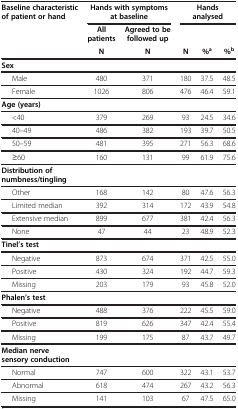
<table><thead><tr><td><b>Baseline characteristic of patient or hand</b></td><td colspan="2"><b>Hands with symptoms at baseline</b></td><td colspan="3"><b>Hands analysed</b></td></tr><tr><td><b> </b></td><td><b>All patients</b></td><td><b>Agreed to be followed up</b></td><td><b> </b></td><td><b> </b></td><td><b> </b></td></tr><tr><td><b> </b></td><td><b>N</b></td><td><b>N</b></td><td><b>N</b></td><td><b>%<sup>a</sup></b></td><td><b>%<sup>b</sup></b></td></tr></thead><tbody><tr><td><b>Sex</b></td><td> </td><td> </td><td> </td><td> </td><td> </td></tr><tr><td>Male</td><td>480</td><td>371</td><td>180</td><td>37.5</td><td>48.5</td></tr><tr><td>Female</td><td>1026</td><td>806</td><td>476</td><td>46.4</td><td>59.1</td></tr><tr><td><b>Age (years)</b></td><td> </td><td> </td><td> </td><td> </td><td> </td></tr><tr><td>&lt;40</td><td>379</td><td>269</td><td>93</td><td>24.5</td><td>34.6</td></tr><tr><td>40–49</td><td>486</td><td>382</td><td>193</td><td>39.7</td><td>50.5</td></tr><tr><td>50–59</td><td>481</td><td>395</td><td>271</td><td>56.3</td><td>68.6</td></tr><tr><td>≥60</td><td>160</td><td>131</td><td>99</td><td>61.9</td><td>75.6</td></tr><tr><td><b>Distribution of numbness/tingling</b></td><td> </td><td> </td><td> </td><td> </td><td> </td></tr><tr><td>Other</td><td>168</td><td>142</td><td>80</td><td>47.6</td><td>56.3</td></tr><tr><td>Limited median</td><td>392</td><td>314</td><td>172</td><td>43.9</td><td>54.8</td></tr><tr><td>Extensive median</td><td>899</td><td>677</td><td>381</td><td>42.4</td><td>56.3</td></tr><tr><td>None</td><td>47</td><td>44</td><td>23</td><td>48.9</td><td>52.3</td></tr><tr><td><b>Tinel’s test</b></td><td> </td><td> </td><td> </td><td> </td><td> </td></tr><tr><td>Negative</td><td>873</td><td>674</td><td>371</td><td>42.5</td><td>55.0</td></tr><tr><td>Positive</td><td>430</td><td>324</td><td>192</td><td>44.7</td><td>59.3</td></tr><tr><td>Missing</td><td>203</td><td>179</td><td>93</td><td>45.8</td><td>52.0</td></tr><tr><td><b>Phalen’s test</b></td><td> </td><td> </td><td> </td><td> </td><td> </td></tr><tr><td>Negative</td><td>488</td><td>376</td><td>222</td><td>45.5</td><td>59.0</td></tr><tr><td>Positive</td><td>819</td><td>626</td><td>347</td><td>42.4</td><td>55.4</td></tr><tr><td>Missing</td><td>199</td><td>175</td><td>87</td><td>43.7</td><td>49.7</td></tr><tr><td><b>Median nerve sensory conduction</b></td><td> </td><td> </td><td> </td><td> </td><td> </td></tr><tr><td>Normal</td><td>747</td><td>600</td><td>322</td><td>43.1</td><td>53.7</td></tr><tr><td>Abnormal</td><td>618</td><td>474</td><td>267</td><td>43.2</td><td>56.3</td></tr><tr><td>Missing</td><td>141</td><td>103</td><td>67</td><td>47.5</td><td>65.0</td></tr></tbody></table>